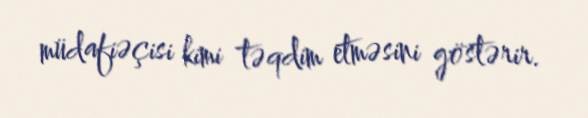
müdafiəçisi kimi təqdim etməsini göstərir.